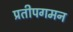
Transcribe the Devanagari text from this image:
प्रतीपगमन